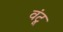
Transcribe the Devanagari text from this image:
वंटू